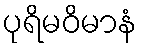
ပုရိမဝိမာနံ